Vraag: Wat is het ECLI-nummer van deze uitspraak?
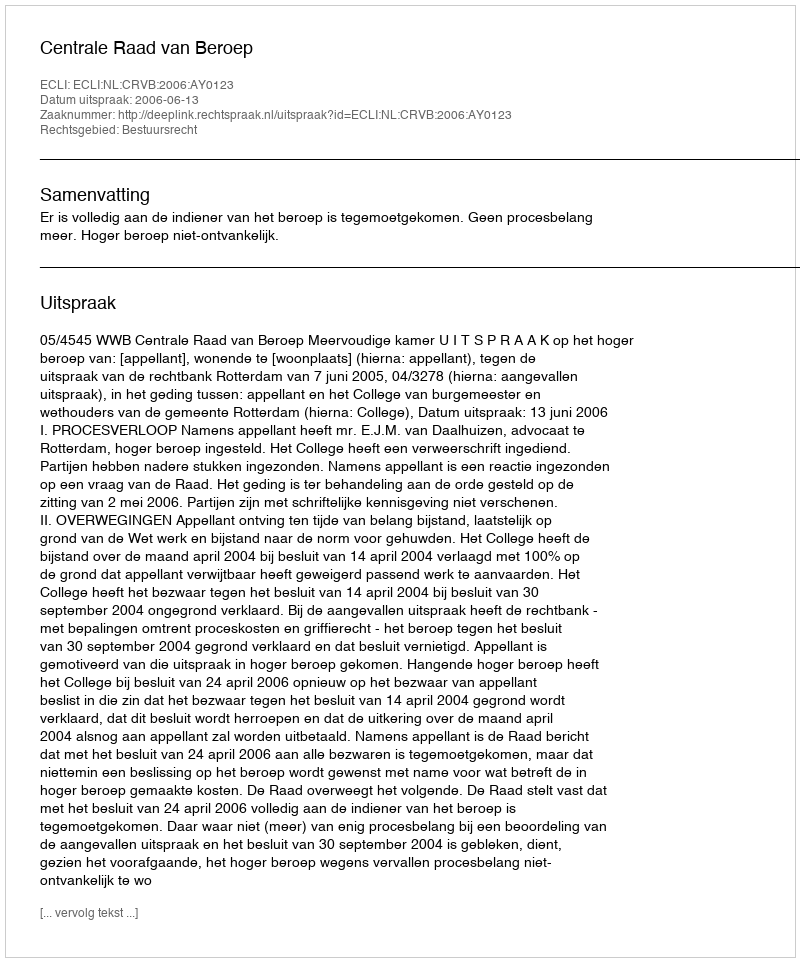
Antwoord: ECLI:NL:CRVB:2006:AY0123